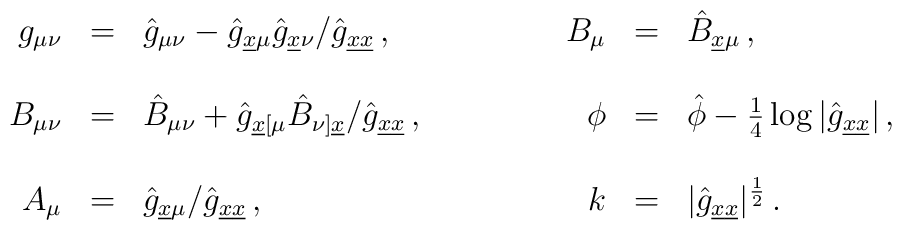
\begin{array}{rclrcl}g_{\mu\nu} & = & \hat{g}_{\mu\nu}-\hat{g}_{\underline{x}\mu}\hat{g}_{\underline{x}\nu}/\hat{g}_{\underline{x}\underline{x}}\, ,&B_{\mu} & = & \hat{B}_{\underline{x}\mu}\, ,\\& & & & &\\B_{\mu\nu} & = & \hat{B}_{\mu\nu}+\hat{g}_{\underline{x}[\mu}\hat{B}_{\nu]\underline{x}}/\hat{g}_{\underline{x}\underline{x}}\, ,\hspace{1.5cm}&\phi & = & \hat{\phi}-\frac{1}{4}\log|\hat{g}_{\underline{x}\underline{x}}|\, ,\\& & & & &\\A_{\mu} & = & \hat{g}_{\underline{x}\mu}/\hat{g}_{\underline{x}\underline{x}}\, ,&k & = & |\hat{g}_{\underline{x}\underline{x}}|^{\frac{1}{2}}\, .\end{array}